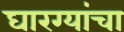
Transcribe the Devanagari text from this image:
घारग्यांचा